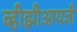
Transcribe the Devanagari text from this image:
व्हीझीआयजी